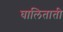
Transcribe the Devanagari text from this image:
घालिताती